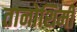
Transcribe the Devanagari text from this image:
तानोशिमी